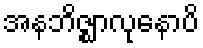
အနဘိဇ္ဈာလုနောပိ